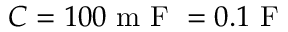
C = 1 0 0 \mathrm { ~ m ~ F ~ } = 0 . 1 \mathrm { ~ F ~ }